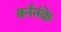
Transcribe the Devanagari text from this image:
बर्ननंके